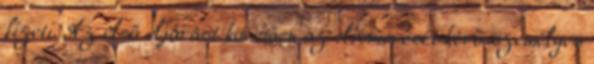
fizeti. Az első eljárást követően az elismerését kérő személyes